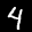
Label: 4